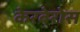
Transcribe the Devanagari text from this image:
केरबेरोस